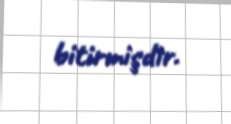
bitirmişdir.